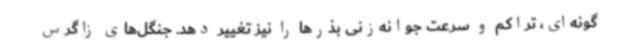
گونه‌ای، تراکم و سرعت جوانه‌زنی بذرها را نیز تغییر دهد. جنگل‌های زاگرس